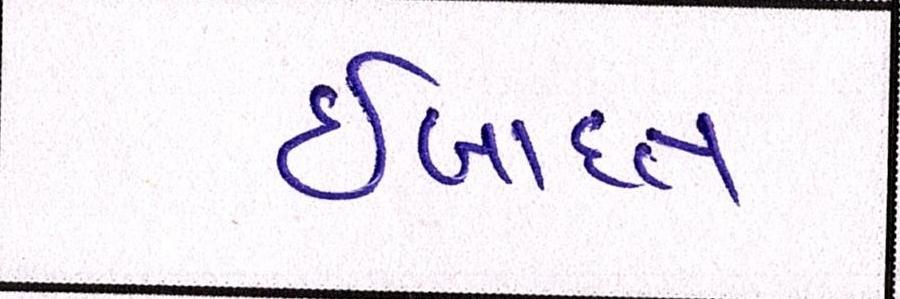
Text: ઈબાદત